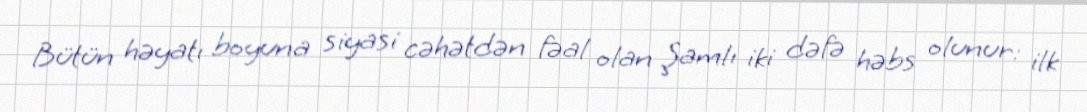
Bütün həyatı boyuna siyasi cəhətdən fəal olan Şamlı iki dəfə həbs olunur: ilk